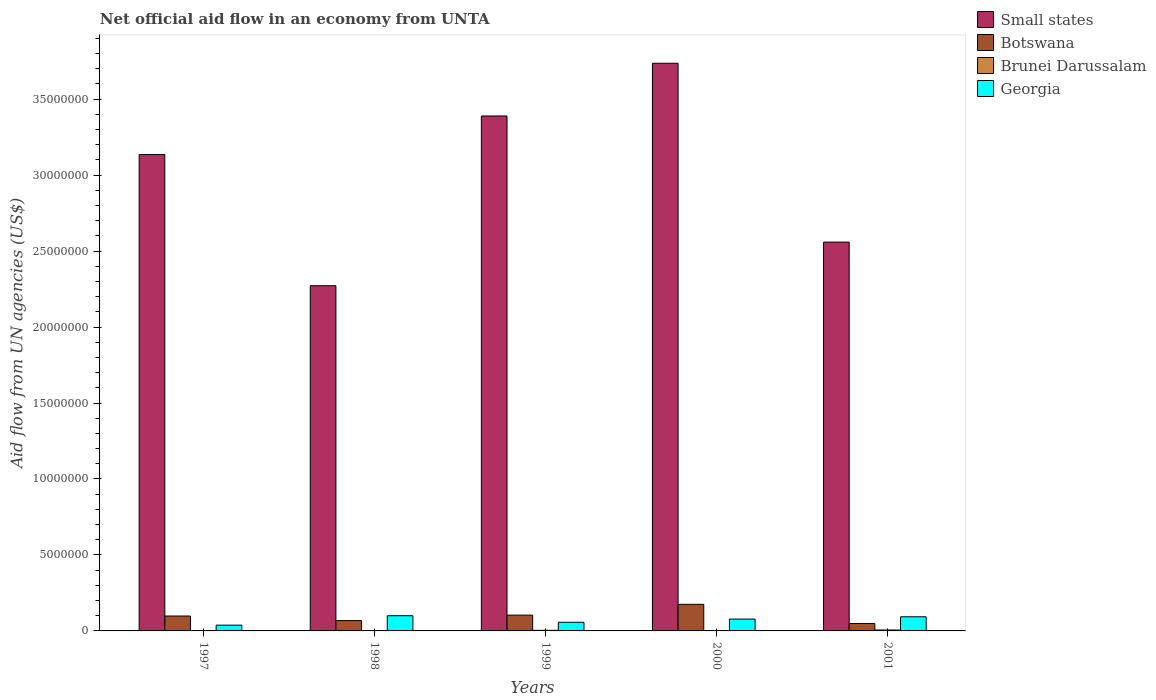
| Years | Small states | Botswana | Brunei Darussalam | Georgia |
 | --- | --- | --- | --- | --- |
 | 1997 | 3.14e+07 | 9.8e+05 | 2e+04 | 3.8e+05 |
 | 1998 | 2.27e+07 | 6.8e+05 | 1e+04 | 1e+06 |
 | 1999 | 3.39e+07 | 1.04e+06 | 4e+04 | 5.7e+05 |
 | 2000 | 3.74e+07 | 1.75e+06 | 1e+04 | 7.8e+05 |
 | 2001 | 2.56e+07 | 4.9e+05 | 6e+04 | 9.3e+05 |